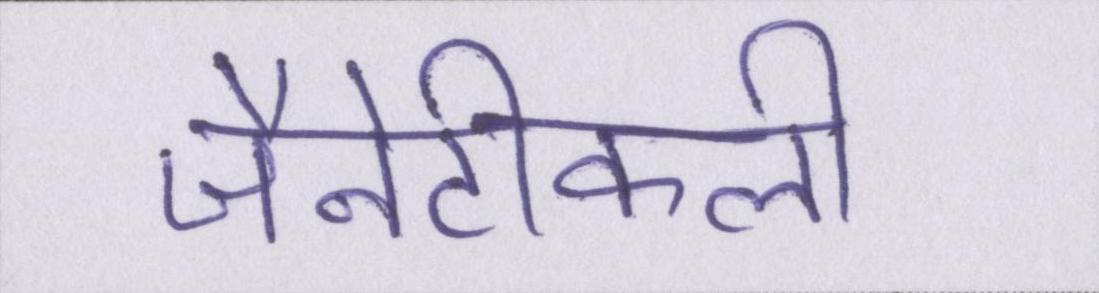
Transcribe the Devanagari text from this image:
जैनेटीकली